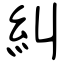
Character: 糾